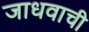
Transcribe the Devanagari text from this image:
जाधवाची